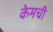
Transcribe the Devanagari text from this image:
केमची